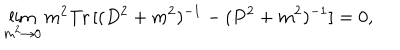
LaTeX: \lim _ { m ^ { 2 } \to 0 } m ^ { 2 } \mathrm { T r } \, [ ( D ^ { 2 } + m ^ { 2 } ) ^ { - 1 } - ( P ^ { 2 } + m ^ { 2 } ) ^ { - 1 } ] = 0 ,